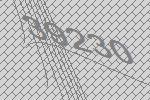
39230